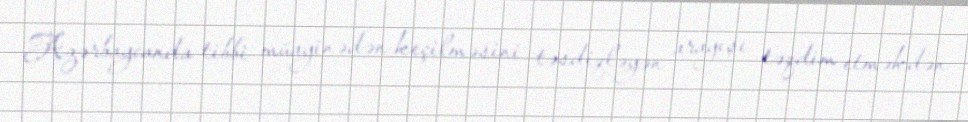
Azərbaycanda tibbi müayinədən keçilməsini təsdiqləyən arayışı təqdim etməkdən